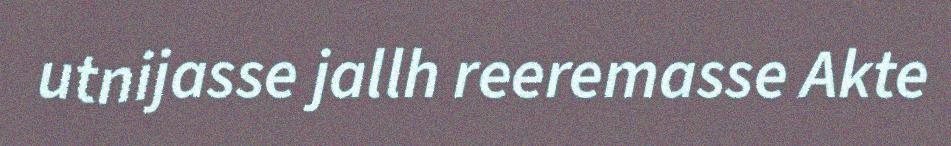
utnijasse jallh reeremasse Akte